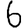
Digit: 6